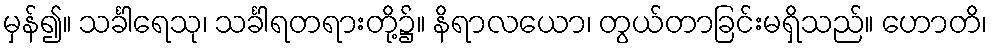
မှန်၍။ သင်္ခါရေသု၊ သင်္ခါရတရားတို့၌။ နိရာလယော၊ တွယ်တာခြင်းမရှိသည်။ ဟောတိ၊